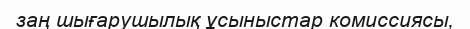
заң шығарушылық ұсыныстар комиссиясы,